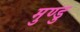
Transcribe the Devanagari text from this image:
मुण्डु